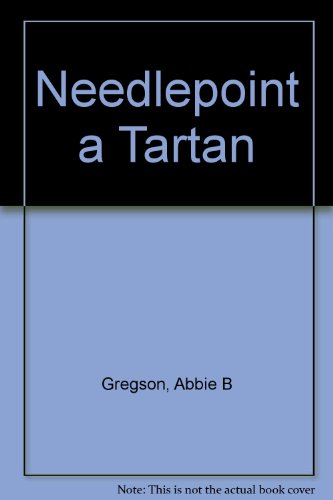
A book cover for Needlepoint a Tartan; Abbie B Gregson; Crafts, Hobbies & Home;